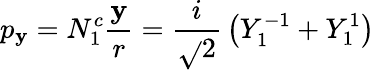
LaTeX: p_{\mathbf{y}}=N_{1}^{c}{\frac{{\mathbf{y}}}{{r}}}={\frac{{i}}{{\sqrt{}{{2}}}}}\left(Y_{1}^{-1}+Y_{1}^{1}\right)